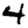
Digit: 4